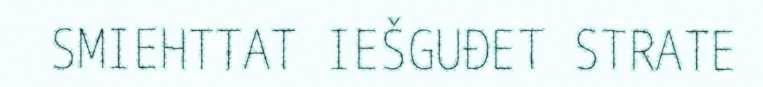
SMIEHTTAT IEŠGUĐET STRATE